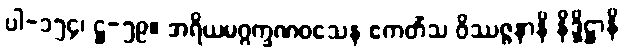
ပါ-၁၅၄၊ ဋ္ဌ-၅၉။ အရိယမဂ္ဂက္ခဏဝသေန ဧကတိံသ ဝိဿဇ္ဇနာနိ နိဒ္ဒိဋ္ဌာနိ